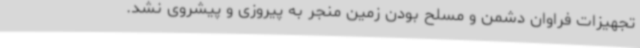
تجهیزات فراوان دشمن و مسلح بودن زمین منجر به پیروزی و پیشروی نشد.